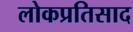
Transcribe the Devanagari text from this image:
लोकप्रतिसाद